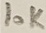
Text: 10K